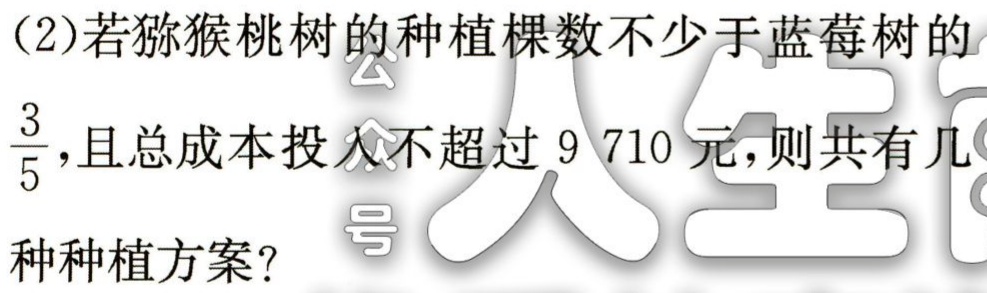
(2)若猕猴桃树的种植棵数不少于蓝莓树的$\frac{3}{5}$，且总成本投入不超过$9 710$元，则共有几种种植方案？